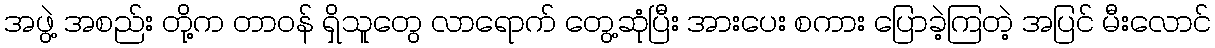
အဖွဲ့ အစည်း တို့က တာဝန် ရှိသူတွေ လာရောက် တွေ့ဆုံပြီး အားပေး စကား ပြောခဲ့ကြတဲ့ အပြင် မီးလောင်